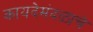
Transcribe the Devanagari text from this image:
कायदेमंदळाचे